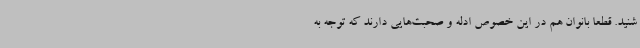
شنید. قطعا بانوان هم در این خصوص ادله و صحبت‌هایی دارند که توجه به